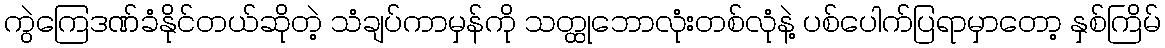
ကွဲကြေဒဏ်ခံနိုင်တယ်ဆိုတဲ့ သံချပ်ကာမှန်ကို သတ္ထုဘောလုံးတစ်လုံနဲ့ ပစ်ပေါက်ပြရာမှာတော့ နှစ်ကြိမ်